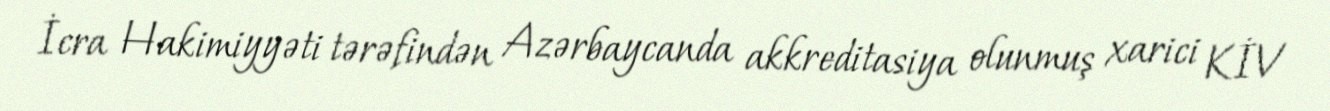
İcra Hakimiyyəti tərəfindən Azərbaycanda akkreditasiya olunmuş xarici KİV